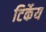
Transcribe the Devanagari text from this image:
टिर्केय